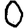
Digit: 0